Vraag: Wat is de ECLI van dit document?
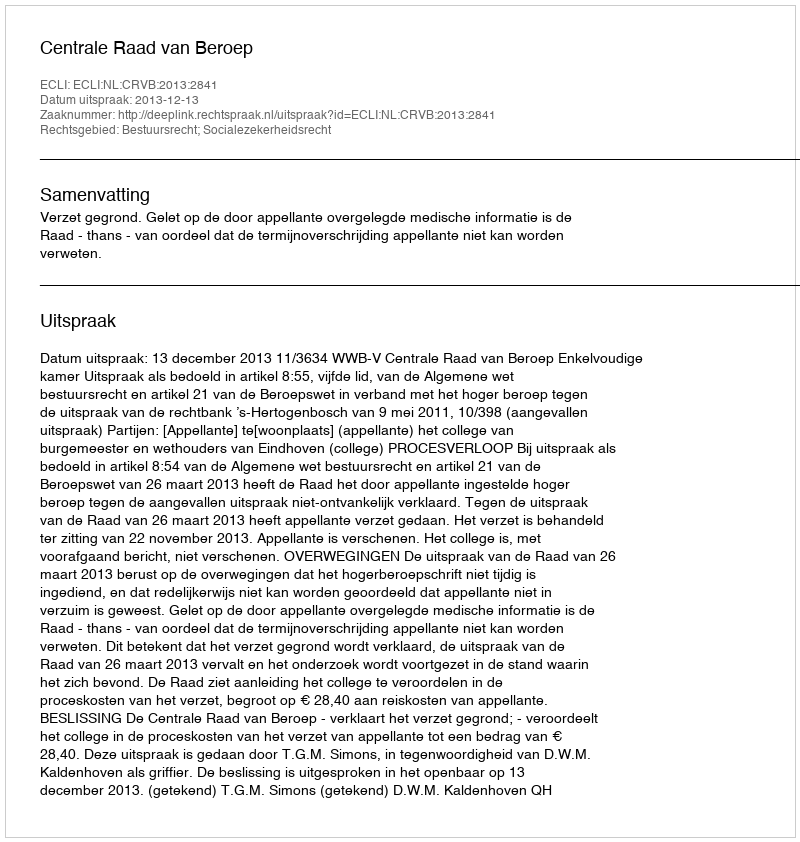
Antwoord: ECLI:NL:CRVB:2013:2841